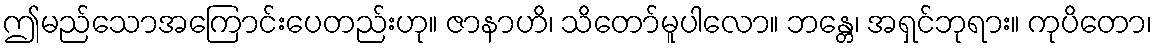
ဤမည်သောအကြောင်းပေတည်းဟု။ ဇာနာဟိ၊ သိတော်မူပါလော။ ဘန္တေ၊ အရှင်ဘုရား။ ကုပိတော၊